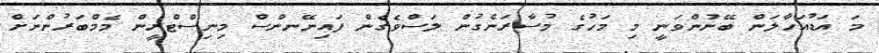
މަ އަޑުއަހާލަން ބޭނުންވަނީ މި މަހުގެ މުސާރަނެގުން ލަސްވެގެން ފައިނޭނންސް މިނިސްޓްރީން މެމްބަރުންނަށް